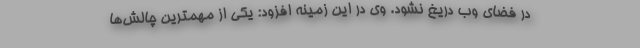
در فضای وب دریغ نشود. وی در این زمینه افزود: یکی از مهمترین چالش‌ها